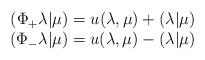
LaTeX: \begin{align*}\begin{array}{c}(\Phi_+\lambda|\mu)=u(\lambda,\mu)+(\lambda|\mu)\\(\Phi_-\lambda|\mu)=u(\lambda,\mu)-(\lambda|\mu)\end{array}\end{align*}